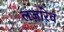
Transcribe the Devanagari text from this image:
लज़ारेव